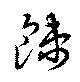
餗